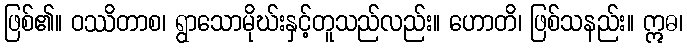
ဖြစ်၏။ ဝဿိတာစ၊ ရွာသောမိုဃ်းနှင့်တူသည်လည်း။ ဟောတိ၊ ဖြစ်သနည်း။ ဣဓ၊